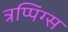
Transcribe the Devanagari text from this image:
त्रप्पिंग्स